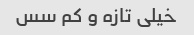
خیلی تازه و کم سس